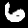
Label: 6